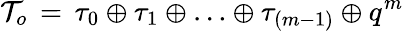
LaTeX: {\cal T}_{o}\, =\, \tau_{0}\oplus\tau_{1}\oplus\ldots\oplus\tau_{(m-1)}\oplus q^{m}